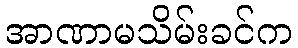
အာဏာမသိမ်းခင်က